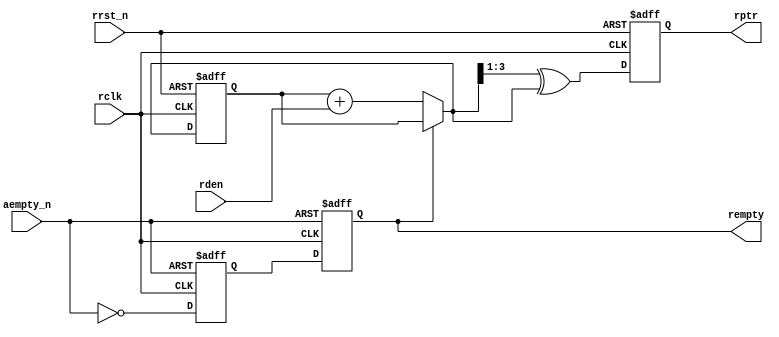
////////////////////////////////////////////////////////////////////////////////
//
// FPGAVN.COM
//
// Description  : .
//
// History (Date, Changed By)
//
////////////////////////////////////////////////////////////////////////////////

module rptr_empty
    (
     rclk,
     rrst_n,
     rden,
     rptr,
     aempty_n,
     rempty
     );

////////////////////////////////////////////////////////////////////////////////
// Parameter declarations
parameter           ADDW = 4;

////////////////////////////////////////////////////////////////////////////////
// Port declarations
input               rclk;
input               rrst_n;
input               rden;
output [ADDW-1:0]   rptr;
input               aempty_n;
output              rempty;

////////////////////////////////////////////////////////////////////////////////
// Local logic and instantiation
reg [ADDW-1:0]      rptr;
reg [ADDW-1:0]      rbin;
reg                 rempty, rempty2;
wire [ADDW-1:0]     rgnext, rbnext;

//------------------------------------------------------------------------------
// Gray pointer
always @(posedge rclk or negedge rrst_n)
    begin
    if (!rrst_n)
        begin
        rbin <= 0;
        rptr <= 0;
        end
    else
        begin
        rbin <= rbnext;
        rptr <= rgnext;
        end
    end

//------------------------------------------------------------------------------
// Increment the binary count if not empty
assign rbnext = !rempty ? (rbin + rden) : rbin;
assign rgnext = (rbnext>>1) ^ rbnext;           // Binary to gray conversion

always @(posedge rclk or negedge aempty_n)
    begin
    if (!aempty_n) {rempty, rempty2} <= 2'b11;
    else           {rempty, rempty2} <= {rempty2, ~aempty_n};
    end

endmodule